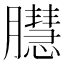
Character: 𦢔